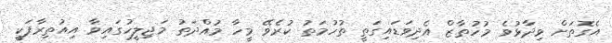
އެގޮތަށް ވިދާޅުވެ މުހުތާޒް އެދިވަޑައިގަތީ ތުހުމަތު ކުރެވޭ މީހާ މުއްދަތު މަޖިލީހުގައިވާ އިއުތިރާފަކީ